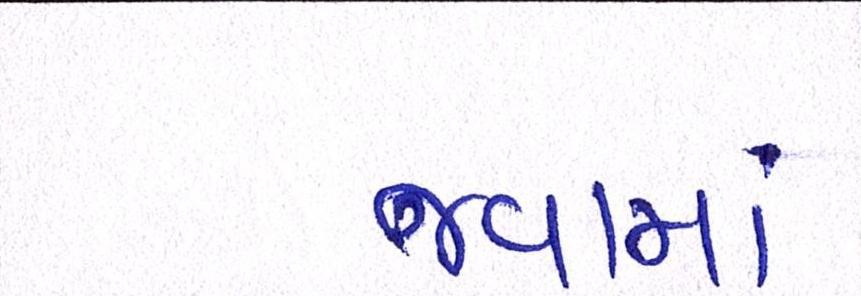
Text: જવામાં